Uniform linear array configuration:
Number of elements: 12
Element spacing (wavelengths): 1
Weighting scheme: cosine
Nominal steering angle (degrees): -30
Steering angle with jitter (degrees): -30.18
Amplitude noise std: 0.05
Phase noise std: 0.05

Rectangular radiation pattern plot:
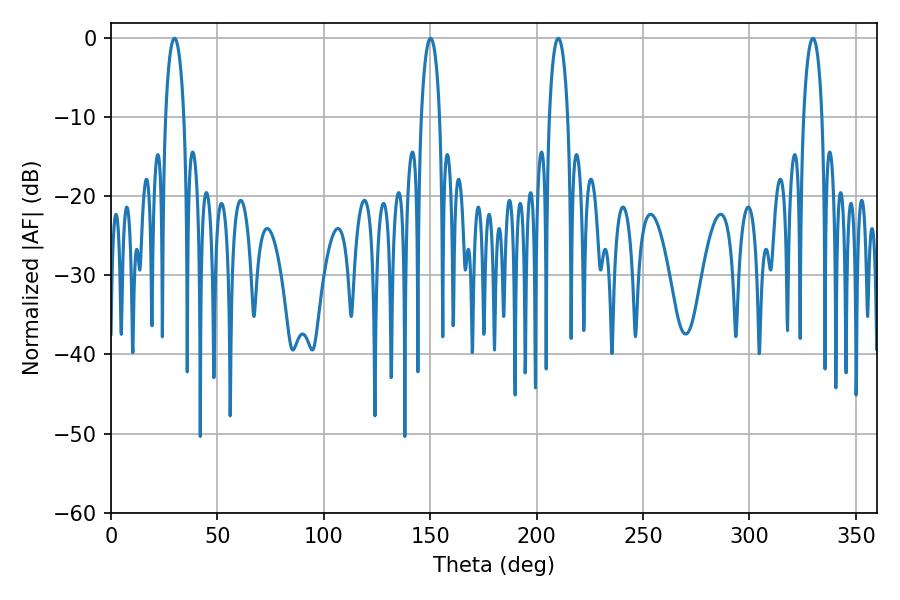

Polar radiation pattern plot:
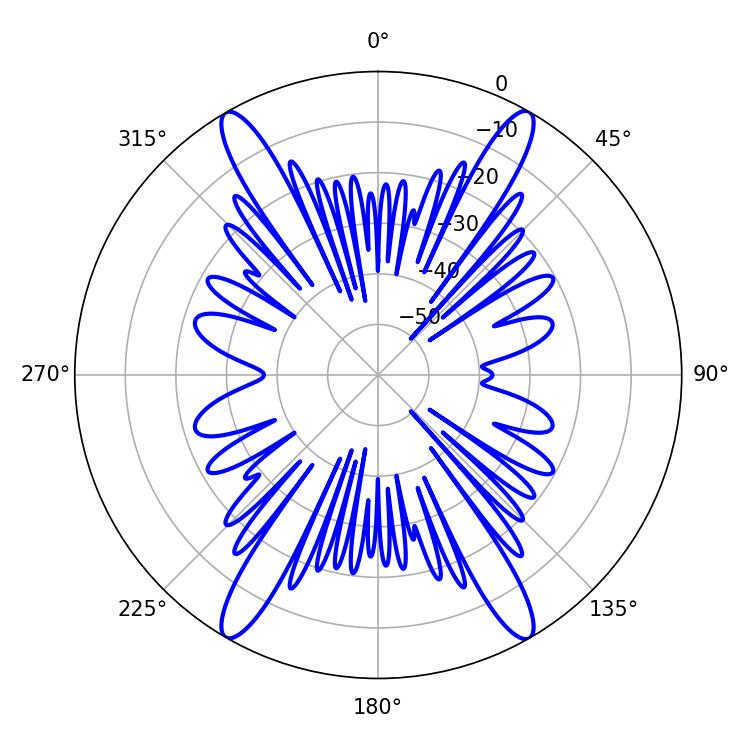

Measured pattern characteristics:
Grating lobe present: TRUE
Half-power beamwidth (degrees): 5.04
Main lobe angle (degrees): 150.12